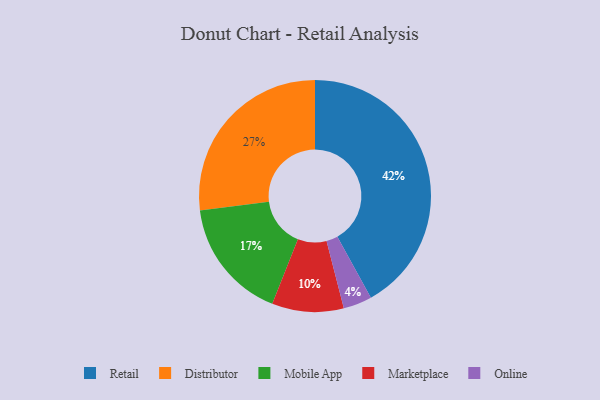
{"axis": {"x": "Category", "y": "Percentage"}, "legend": ["Distributor", "Marketplace", "Mobile App", "Online", "Retail"], "data": [{"x": "Marketplace", "y": 10, "type": "Marketplace"}, {"x": "Online", "y": 4, "type": "Online"}, {"x": "Retail", "y": 42, "type": "Retail"}, {"x": "Distributor", "y": 27, "type": "Distributor"}, {"x": "Mobile App", "y": 17, "type": "Mobile App"}]}